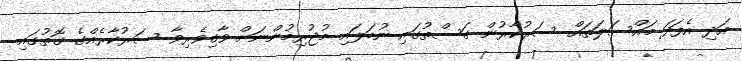
އަދި އެފަދަ މައްސަލަތައް ސަރުކާރުން ގަސްތުގައި ނުބަލައި މުޖުރިމުންނަށް ވާގިވެރިވާ ސަރުކާރެއްގެ ގޮތުގައި